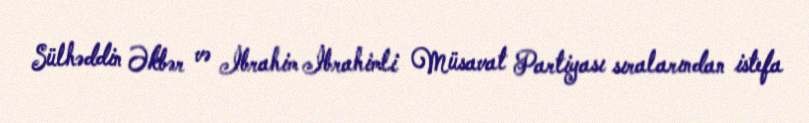
Sülhəddin Əkbər və İbrahim İbrahimli Müsavat Partiyası sıralarından istefa